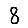
Digit: 8